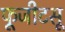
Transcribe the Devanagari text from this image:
फूजीटसू